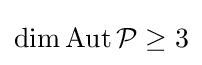
\dim \operatorname {Aut} {\mathcal {P}}\geq 3